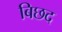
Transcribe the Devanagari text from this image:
बिछद